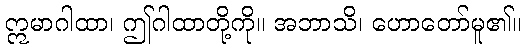
ဣမာဂါထာ၊ ဤဂါထာတို့ကို။ အဘာသိ၊ ဟောတော်မူ၏။